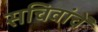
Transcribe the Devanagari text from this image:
सचिवांचें